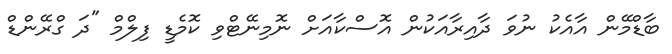
ބާޑްމޭން އާއެކު ނުވަ ދާއިރާއަކުން އޮސްކާއަށް ނޮމިނޭޓްވި ކޮމެޑީ ފިލްމް "ދަ ގްރޭންޑް